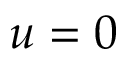
u = 0